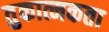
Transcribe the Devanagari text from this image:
तुकात्मकता